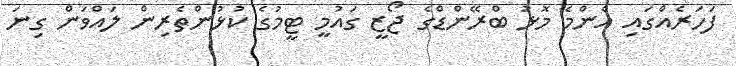
ފަހަރެއްގައި އެންމެ މޮޅު ބްރޭންޑްގެ ޖޯޒީ ގައުމީ ޓީމުގެ ކުޅުންތެރިން ލައްވަން ގިނަ